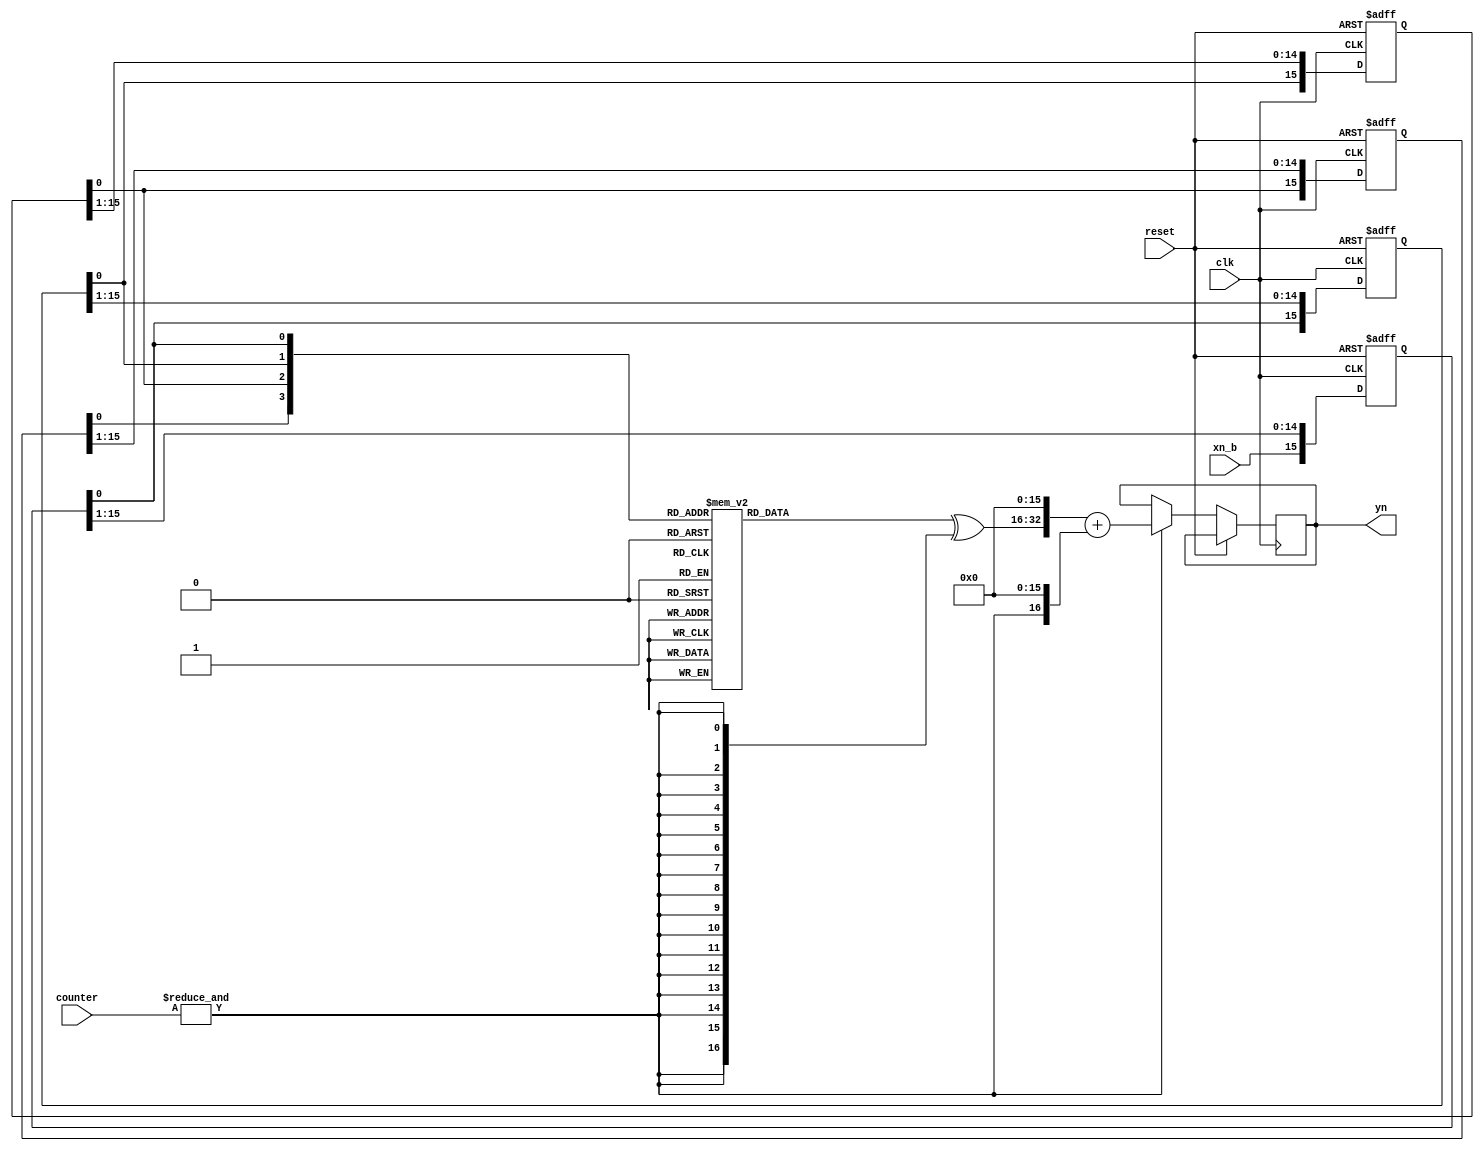
 module FIR_DA(clk,reset,xn_b,counter,yn);
input clk,reset;
input  xn_b;
input [3:0] counter;
output reg [32:0] yn;

reg [15:0] xn_0,xn_1,xn_2,xn_3;

wire [3:0] addr;
reg [16:0] rom_out;
wire valid;
wire [32:0] sum;
assign addr={xn_3[0],xn_2[0],xn_1[0],xn_0[0]};

always @(addr)
	case(addr)
		4'd0: rom_out=17'b00000000000000000;
		4'd1: rom_out=17'b00000001000100100; // h0
		4'd2: rom_out=17'b00011110111011100; // h1
		4'd3: rom_out=17'b00100000000000000; // h0+h1
		4'd4: rom_out=17'b00011110111011100; // h2
		4'd5: rom_out=17'b00100000000000000; // h2+h0
		4'd6: rom_out=17'b00111101110111000; // h2+h1
		4'd7: rom_out=17'b00111110111011100; // h2+h1+h0
		4'd8: rom_out=17'b00000001000100100; // h3
		4'd9: rom_out=17'b00000010001001000; // h3+h0
		4'd10:rom_out=17'b00100000000000000; // h3+h1
		4'd11: rom_out=17'b00100001000100100; // h3+h1+h0
		4'd12: rom_out=17'b00100000000000000; // h3+h2
		4'd13: rom_out=17'b00100001000100100; // h3+h2+h0
		4'd14: rom_out=17'b00111110111011100; // h3+h2+h1
		4'd15: rom_out=17'b01000000000000000; // h3+h2+h1+h0
		default: rom_out=17'bx;
	endcase
assign valid=~(|counter);
assign msb=(&counter);
assign sum={(rom_out^{17{msb}}),16'b0}+{16'b0,msb,16'b0};
reg [32:0] acc;


always @(posedge clk or posedge reset)
	if(reset)
		begin 
		xn_0<=0;
		xn_1<=0;
		xn_2<=0;
		xn_3<=0;
		acc<=0;
		end
	else
		begin 
		xn_0<={xn_b,xn_0[15:1]};
		xn_1<={xn_0[0],xn_1[15:1]};
		xn_2<={xn_1[0],xn_2[15:1]};
		xn_3<={xn_2[0],xn_3[15:1]};
		if(&counter)
			begin
			yn<=sum;
			acc<=0;
			end
		else
		
			acc=sum;
		end
endmodule